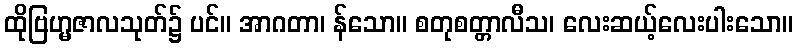
ထိုဗြဟ္မဇာလသုတ်၌ ပင်။ အာဂတာ၊ န်သော။ စတုစတ္တာလီသ၊ လေးဆယ့်လေးပါးသော။